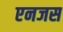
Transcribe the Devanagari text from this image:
एनजस